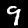
Label: 9